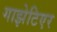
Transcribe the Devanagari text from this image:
गाझेटिएर